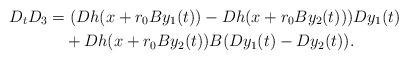
LaTeX: \begin{align*}D_t D_3 & = ( D h(x + r_0 B y_1(t)) - D h(x + r_0 B y_2(t)) ) D y_1(t)\\&\quad+ D h(x + r_0 B y_2(t)) B( D y_1(t)-D y_2(t)).\end{align*}